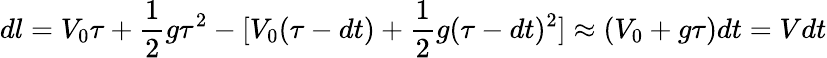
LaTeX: dl=V_{0}\tau+\frac{1}{2}g\tau^{2}-[V_{0}(\tau-dt)+\frac{1}{2}g(\tau-dt)^{2}]\approx(V_{0}+g\tau)dt=Vdt